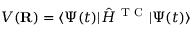
V ( { \bf { R } } ) = \langle \Psi ( t ) | \hat { H } ^ { \mathrm { ~ T ~ C ~ } } | \Psi ( t ) \rangle